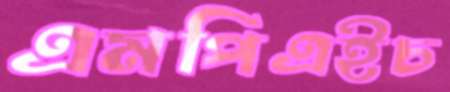
এমপিএইচ